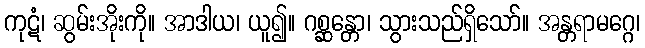
ကုဋံ၊ ဆွမ်းအိုးကို။ အာဒါယ၊ ယူ၍။ ဂစ္ဆန္တော၊ သွားသည်ရှိသော်။ အန္တရာမဂ္ဂေ၊